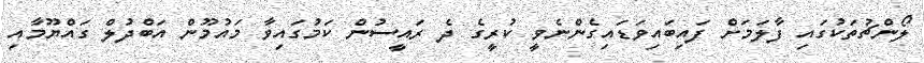
ލޯންޗުތަކުގައި ފާލަމަށް ފައިބައިވަޑައިގެންނެވީ ކުރީގެ ދެ ރައީސުން ކަމުގައިވާ މައުމޫން އަބްދުލް ގައްޔޫމާއި